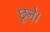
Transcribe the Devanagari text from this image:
छूने।